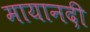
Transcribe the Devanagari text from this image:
मायानदी